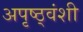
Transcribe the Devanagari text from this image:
अपृष्ठ्वंशी